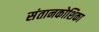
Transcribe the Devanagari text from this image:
संतानकोशिका